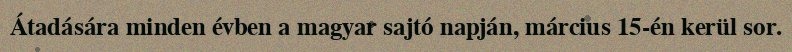
Átadására minden évben a magyar sajtó napján, március 15-én kerül sor.